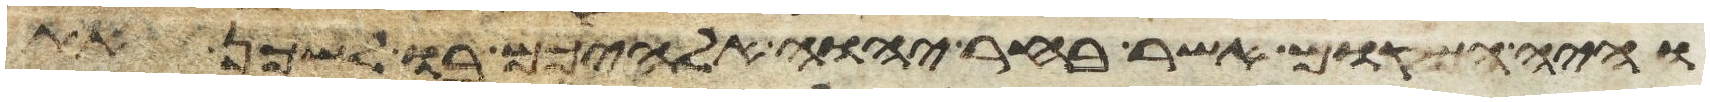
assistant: והיה המקום אשר בחר יהוה אלהיכם בו לשכן את